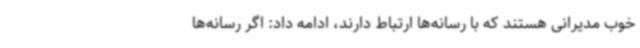
خوب مدیرانی هستند که با رسانه‌ها ارتباط دارند، ادامه داد: اگر رسانه‌ها